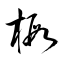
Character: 椴